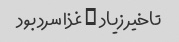
تاخیر زیاد … غذا سرد بود